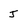
Character: j